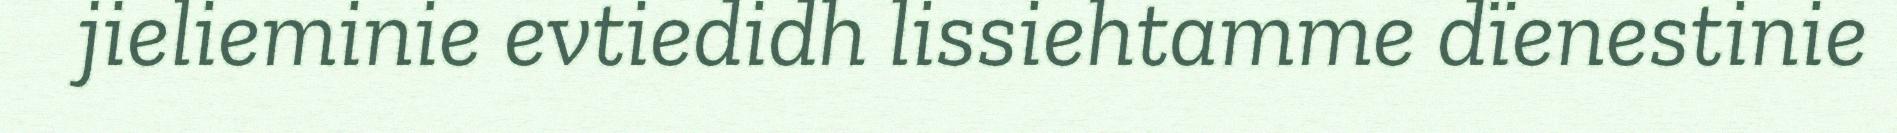
jielieminie evtiedidh lissiehtamme dïenestinie